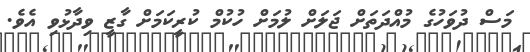
މަސް ދުވަހުގެ މުއްދަތަށް ޖަލަށް ލުމަށް ހުކުމް ކުރީކަމަށް ގާޒީ ވިދާޅުވި އެވެ.